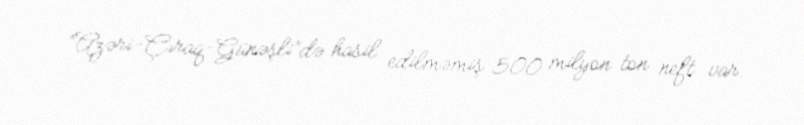
“Azəri-Çıraq-Günəşli”də hasil edilməmiş 500 milyon ton neft var.